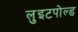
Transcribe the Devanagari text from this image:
लुइटपोल्ड